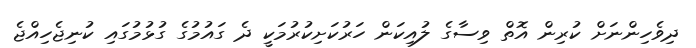
ދިވެހިންނަށް ކުރިން އޮތް ވިސާގެ ލުއިކަން ހަރުކަށިކުރުމަކީ ދެ ގައުމުގެ ގުޅުމުގައި ކުނިޖެހިއްޖެ